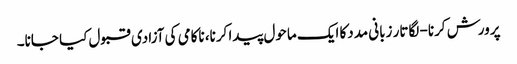
پرورش کرنا- لگاتار زبانی مددکا ایک ماحول پیدا کرنا، ناکامی کی آزادی قبول کیا جانا۔